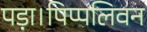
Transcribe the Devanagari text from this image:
पड़ा।पिप्पलिवन